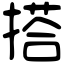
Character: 搭